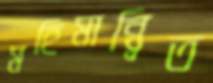
মহিমান্ব্বিত